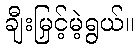
ချီးမြှင့်မဲ့ရွယ်။